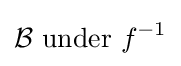
{\mathcal {B}}{\text{ under }}f^{-1}